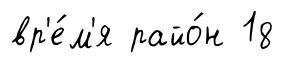
вр'е́м'я райо́н 18